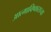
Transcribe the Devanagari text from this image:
आत्माविष्काराच्या